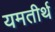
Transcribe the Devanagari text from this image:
यमतीर्थ